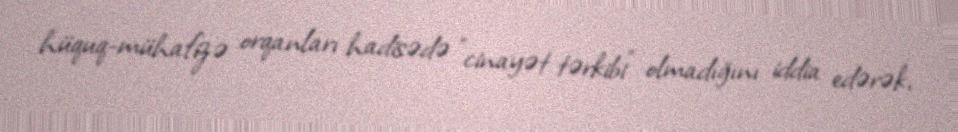
hüquq-mühafizə orqanları hadisədə "cinayət tərkibi" olmadığını iddia edərək,